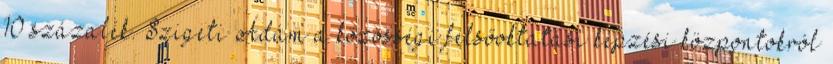
10 százalék. Szigeti Ádám a közösségi felsőoktatási képzési központokról